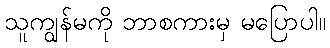
သူကျွန်မကို ဘာစကားမှ မပြောပါ။